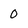
Character: 0